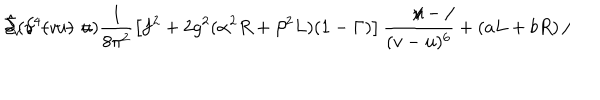
LaTeX: \hat { \Sigma } ( v - u ) = \frac { 1 } { 8 \pi ^ { 2 } } \left[ f ^ { 2 } + 2 g ^ { 2 } ( \alpha ^ { 2 } R + \beta ^ { 2 } L ) ( 1 - \Gamma ) \right] \frac { { \textstyle / \hspace { - 2 m m } v - / \hspace { - 2 m m } u } } { { \textstyle ( v - u ) ^ { 6 } } } + ( a L + b R ) \, / \hspace { - 2 m m } \partial _ { v } \, \delta ^ { 4 } ( v - u )